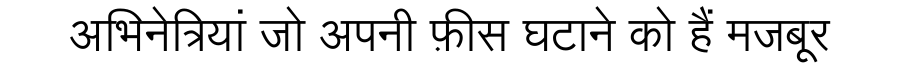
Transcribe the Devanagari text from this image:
अभिनेत्रियां जो अपनी फ़ीस घटाने को हैं मजबूर